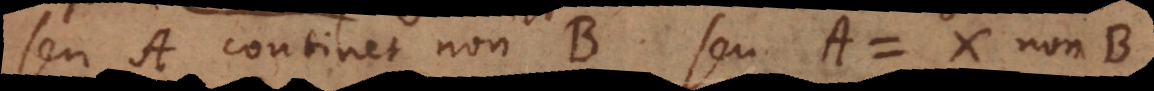
seu A continet non‐B seu A = X non‐B.